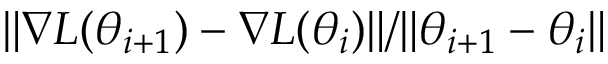
\| \nabla L ( \theta _ { i + 1 } ) - \nabla L ( \theta _ { i } ) \| / \| \theta _ { i + 1 } - \theta _ { i } \|